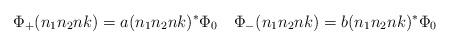
LaTeX: \begin{align*}\Phi_+(n_1n_2nk)=a(n_1n_2nk)^*\Phi_0\quad\Phi_-(n_1n_2nk)=b(n_1n_2nk)^*\Phi_0\end{align*}